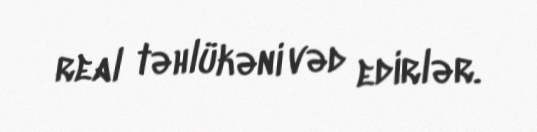
real təhlükəni vəd edirlər.